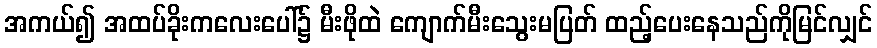
အကယ်၍ အထပ်ခိုးကလေးပေါ်၌ မီးဖိုထဲ ကျောက်မီးသွေးမပြတ် ထည့်ပေးနေသည်ကိုမြင်လျှင်